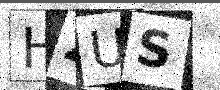
Text: HZUS